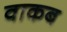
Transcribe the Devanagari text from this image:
वाकब